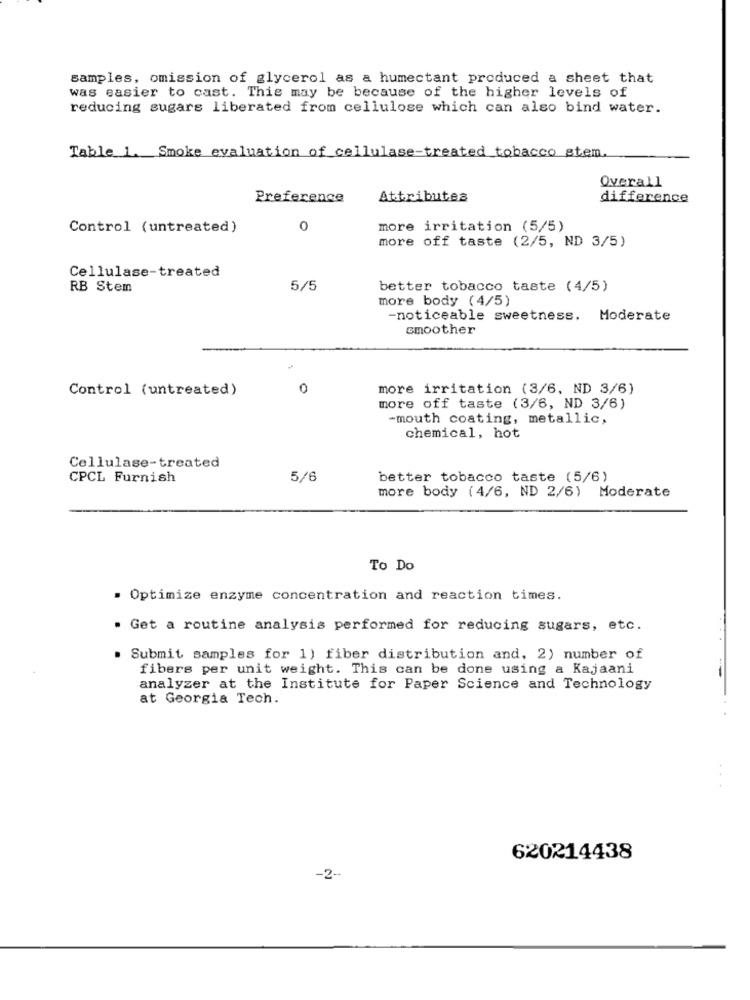
samples, omission of glycerol as a humectant produced a sheet that
was easier to cast. This may be because of the higher levels of
reducing sugars liberated from cellulose which can also bind water.
Table 1. Smoke evaluation of cellulase-treated_tobacco stem.
Overall
Preference
Attributes
difference
Control (untreated)
0
more irritation (5/5)
more off taste (2/5, ND 3/5)
Cellulase-treated
RB Stem
5/5
better tobacco taste (4/5)
more body (4/5)
-noticeable sweetness. Moderate
smoother
Control (untreated)
0
more irritation (3/6, ND 3/6)
more off taste (3/6, ND 3/6)
-mouth coating, metallic,
chemical, hot
Cellulase-treated
CPCL Furnish
5/6
better tobacco taste (5/6)
more body (4/6, ND 2/6) Moderate
To Do
. Optimize enzyme concentration and reaction times.
. Get a routine analysis performed for reducing sugars, etc.
. Submit samples for 1) fiber distribution and, 2) number of
fibers per unit weight. This can be done using a Kajaani
analyzer at the Institute for Paper Science and Technology
at Georgia Tech.
620214438
-2 --